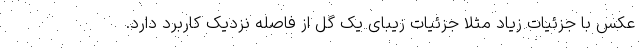
عکس با جزئیات زیاد مثلا جزئیات زیبای یک گل از فاصله نزدیک کاربرد دارد.